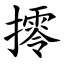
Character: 㩕